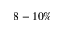
8 - 1 0 \%